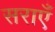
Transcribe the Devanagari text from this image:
सराएँ